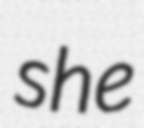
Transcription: she